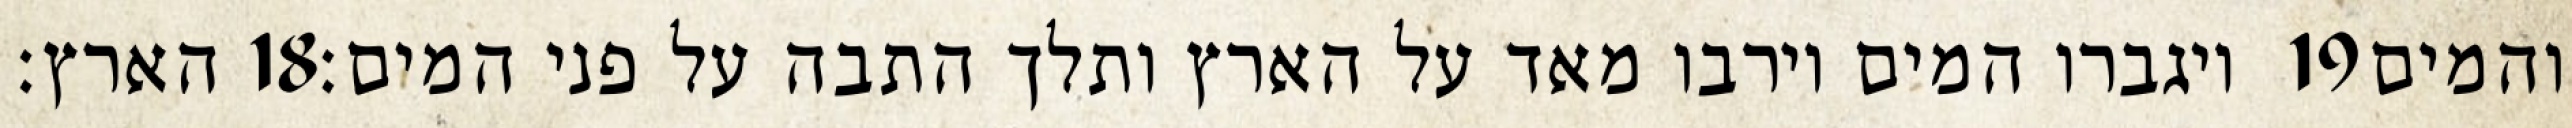
הארץ׃ ‎18‏ ויגברו המים וירבו מאד על הארץ ותלך התבה על פני המים׃ ‎19‏ והמים